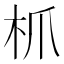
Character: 枛